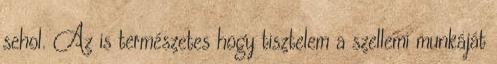
sehol. Az is természetes hogy tisztelem a szellemi munkáját